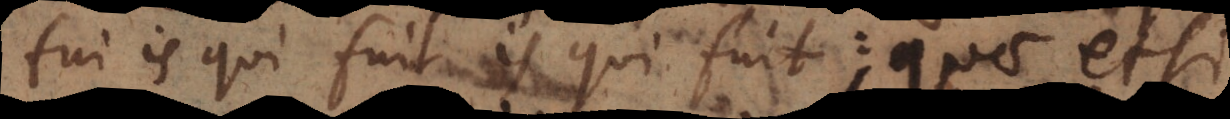
ui is qui fuit is qui fuit; quae etsi